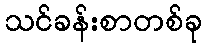
သင်ခန်းစာတစ်ခု